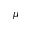
\mu